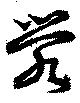
滎